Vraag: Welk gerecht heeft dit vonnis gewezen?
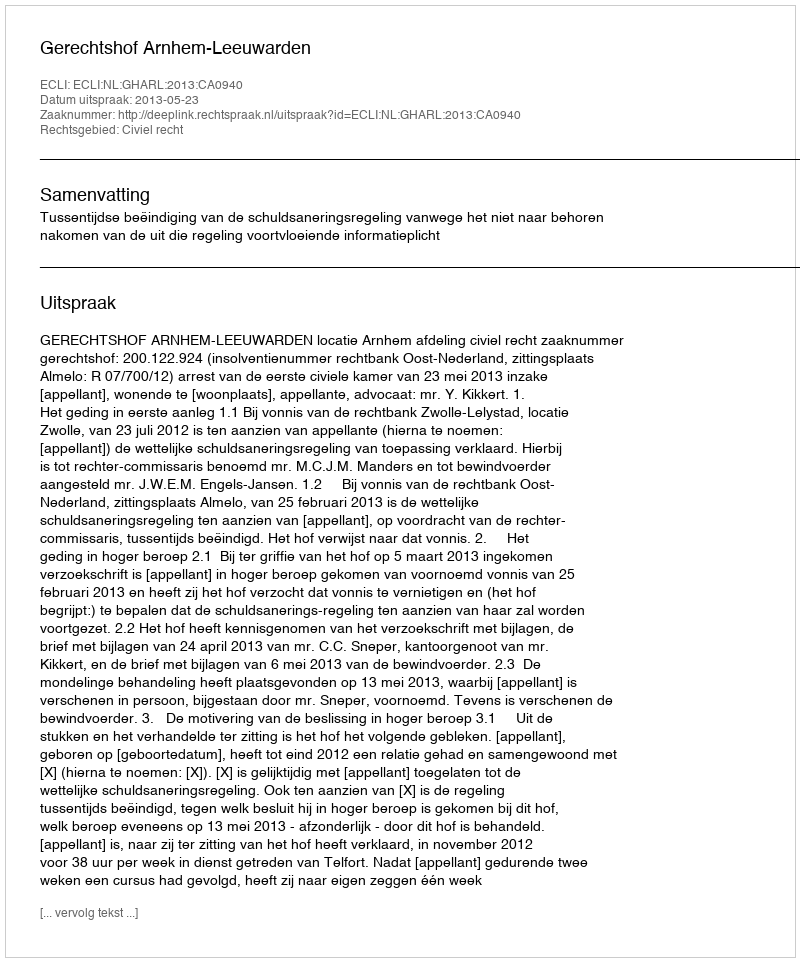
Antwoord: Gerechtshof Arnhem-Leeuwarden